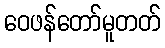
ဝေဖန်တော်မူတတ်